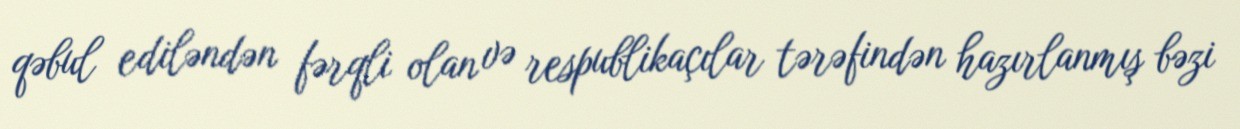
qəbul ediləndən fərqli olan və respublikaçılar tərəfindən hazırlanmış bəzi